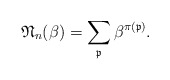
\begin{gather*}\mathfrak{N}_n(\beta)=\sum_{\mathfrak{p}} \beta^{\pi(\mathfrak{p})}.\end{gather*}